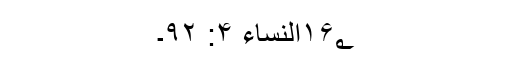
۱۶؂النساء ۴: ۹۲۔